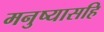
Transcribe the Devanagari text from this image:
मनुष्यासहि